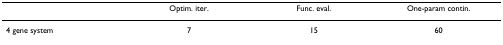
<table><thead><tr><td></td><td><b>Optim. iter.</b></td><td><b>Func. eval.</b></td><td><b>One-param contin.</b></td></tr></thead><tbody><tr><td>4 gene system</td><td>7</td><td>15</td><td>60</td></tr></tbody></table>